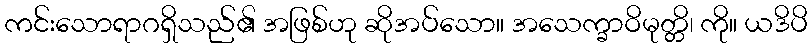
ကင်းသောရာဂရှိသည်၏ အဖြစ်ဟု ဆိုအပ်သော။ အသေက္ခာဝိမုတ္တိ၊ ကို။ ယဒိပိ